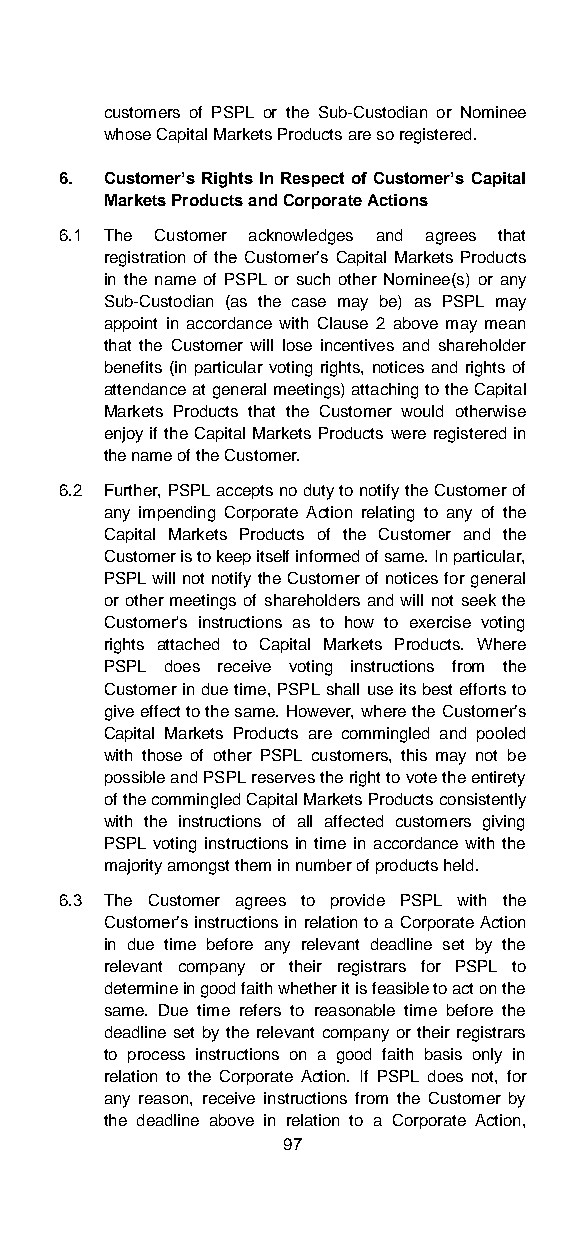
customers of PSPL or the Sub-Custodian or Nominee
 whose Capital Markets Products are so registered.
 6. Customer’s Rights In Respect of Customer’s Capital
 Markets Products and Corporate Actions
 6.1 The Customer acknowledges and agrees that
 registration of the Customer’s Capital Markets Products
 in the name of PSPL or such other Nominee(s) or any
 Sub-Custodian (as the case may be) as PSPL may
 appoint in accordance with Clause 2 above may mean
 that the Customer will lose incentives and shareholder
 benefits (in particular voting rights, notices and rights of
 attendance at general meetings) attaching to the Capital
 Markets Products that the Customer would otherwise
 enjoy if the Capital Markets Products were registered in
 the name of the Customer.
 6.2 Further, PSPL accepts no duty to notify the Customer of
 any impending Corporate Action relating to any of the
 Capital Markets Products of the Customer and the
 Customer is to keep itself informed of same. In particular,
 PSPL will not notify the Customer of notices for general
 or other meetings of shareholders and will not seek the
 Customer's instructions as to how to exercise voting
 rights attached to Capital Markets Products. Where
 PSPL does receive voting instructions from the
 Customer in due time, PSPL shall use its best efforts to
 give effect to the same. However, where the Customer’s
 Capital Markets Products are commingled and pooled
 with those of other PSPL customers, this may not be
 possible and PSPL reserves the right to vote the entirety
 of the commingled Capital Markets Products consistently
 with the instructions of all affected customers giving
 PSPL voting instructions in time in accordance with the
 majority amongst them in number of products held.
 6.3 The Customer agrees to provide PSPL with the
 Customer’s instructions in relation to a Corporate Action
 in due time before any relevant deadline set by the
 relevant company or their registrars for PSPL to
 determine in good faith whether it is feasible to act on the
 same. Due time refers to reasonable time before the
 deadline set by the relevant company or their registrars
 to process instructions on a good faith basis only in
 relation to the Corporate Action. If PSPL does not, for
 any reason, receive instructions from the Customer by
 the deadline above in relation to a Corporate Action,
 97